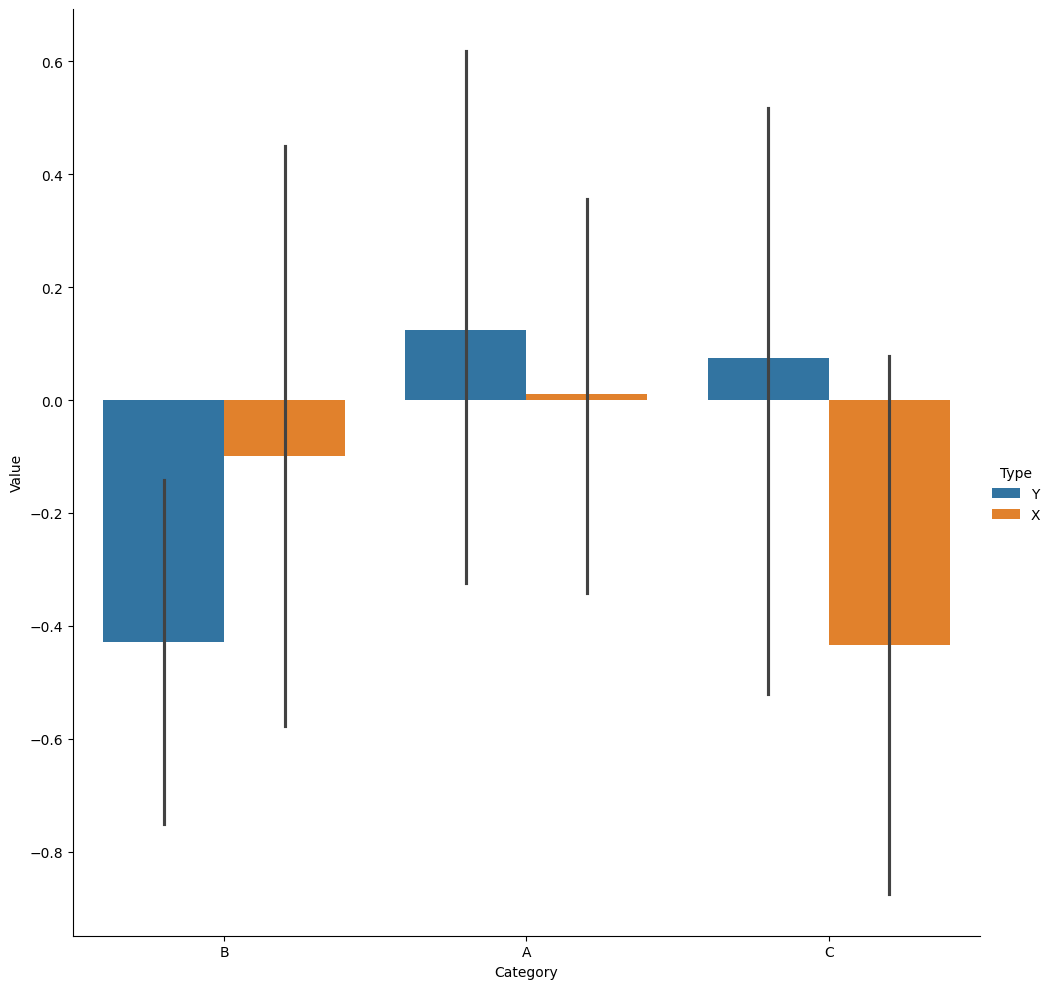
python, seaborn, catplot, kind='bar', height=10, aspect=1